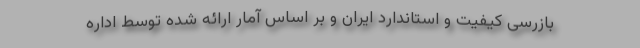
بازرسی کیفیت و استاندارد ایران و بر اساس آمار ارائه شده توسط اداره